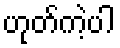
ဟုတ်ကဲ့ပါ